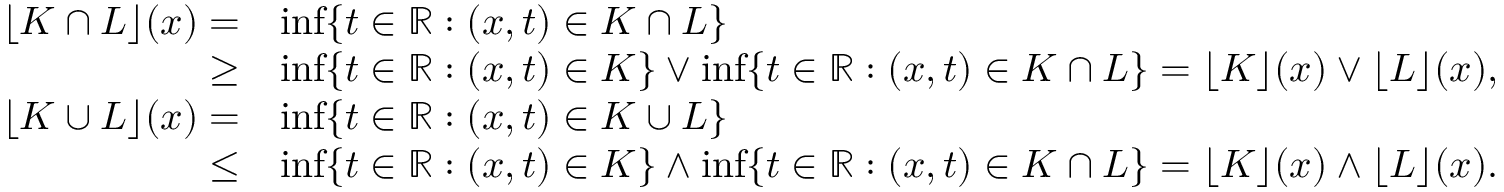
\begin{array} { r l } { \lfloor K \cap L \rfloor ( x ) = } & { \operatorname* { i n f } \{ t \in \mathbb { R } : ( x , t ) \in K \cap L \} } \\ { \ge } & { \operatorname* { i n f } \{ t \in \mathbb { R } : ( x , t ) \in K \} \vee \operatorname* { i n f } \{ t \in \mathbb { R } : ( x , t ) \in K \cap L \} = \lfloor K \rfloor ( x ) \vee \lfloor L \rfloor ( x ) , } \\ { \lfloor K \cup L \rfloor ( x ) = } & { \operatorname* { i n f } \{ t \in \mathbb { R } : ( x , t ) \in K \cup L \} } \\ { \le } & { \operatorname* { i n f } \{ t \in \mathbb { R } : ( x , t ) \in K \} \wedge \operatorname* { i n f } \{ t \in \mathbb { R } : ( x , t ) \in K \cap L \} = \lfloor K \rfloor ( x ) \wedge \lfloor L \rfloor ( x ) . } \end{array}